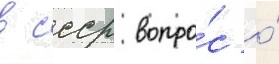
в ссср вопро́с о́